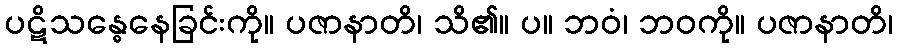
ပဋိသန္ဓေနေခြင်းကို။ ပဇာနာတိ၊ သိ၏။ ပ။ ဘဝံ၊ ဘဝကို။ ပဇာနာတိ၊